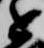
近